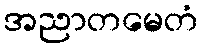
အညာတမေတံ